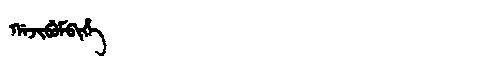
Manchu: ᡤᠠᠵᡳᠪᡠᠮᠪᡳᡥᡝ
Romanization: GAJIBUMBIHE